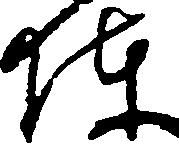
陣